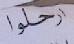
ارحلوا